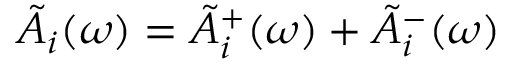
\tilde { A } _ { i } ( \omega ) = \tilde { A } _ { i } ^ { + } ( \omega ) + \tilde { A } _ { i } ^ { - } ( \omega )